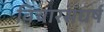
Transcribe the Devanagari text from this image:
विचारसंघर्ष